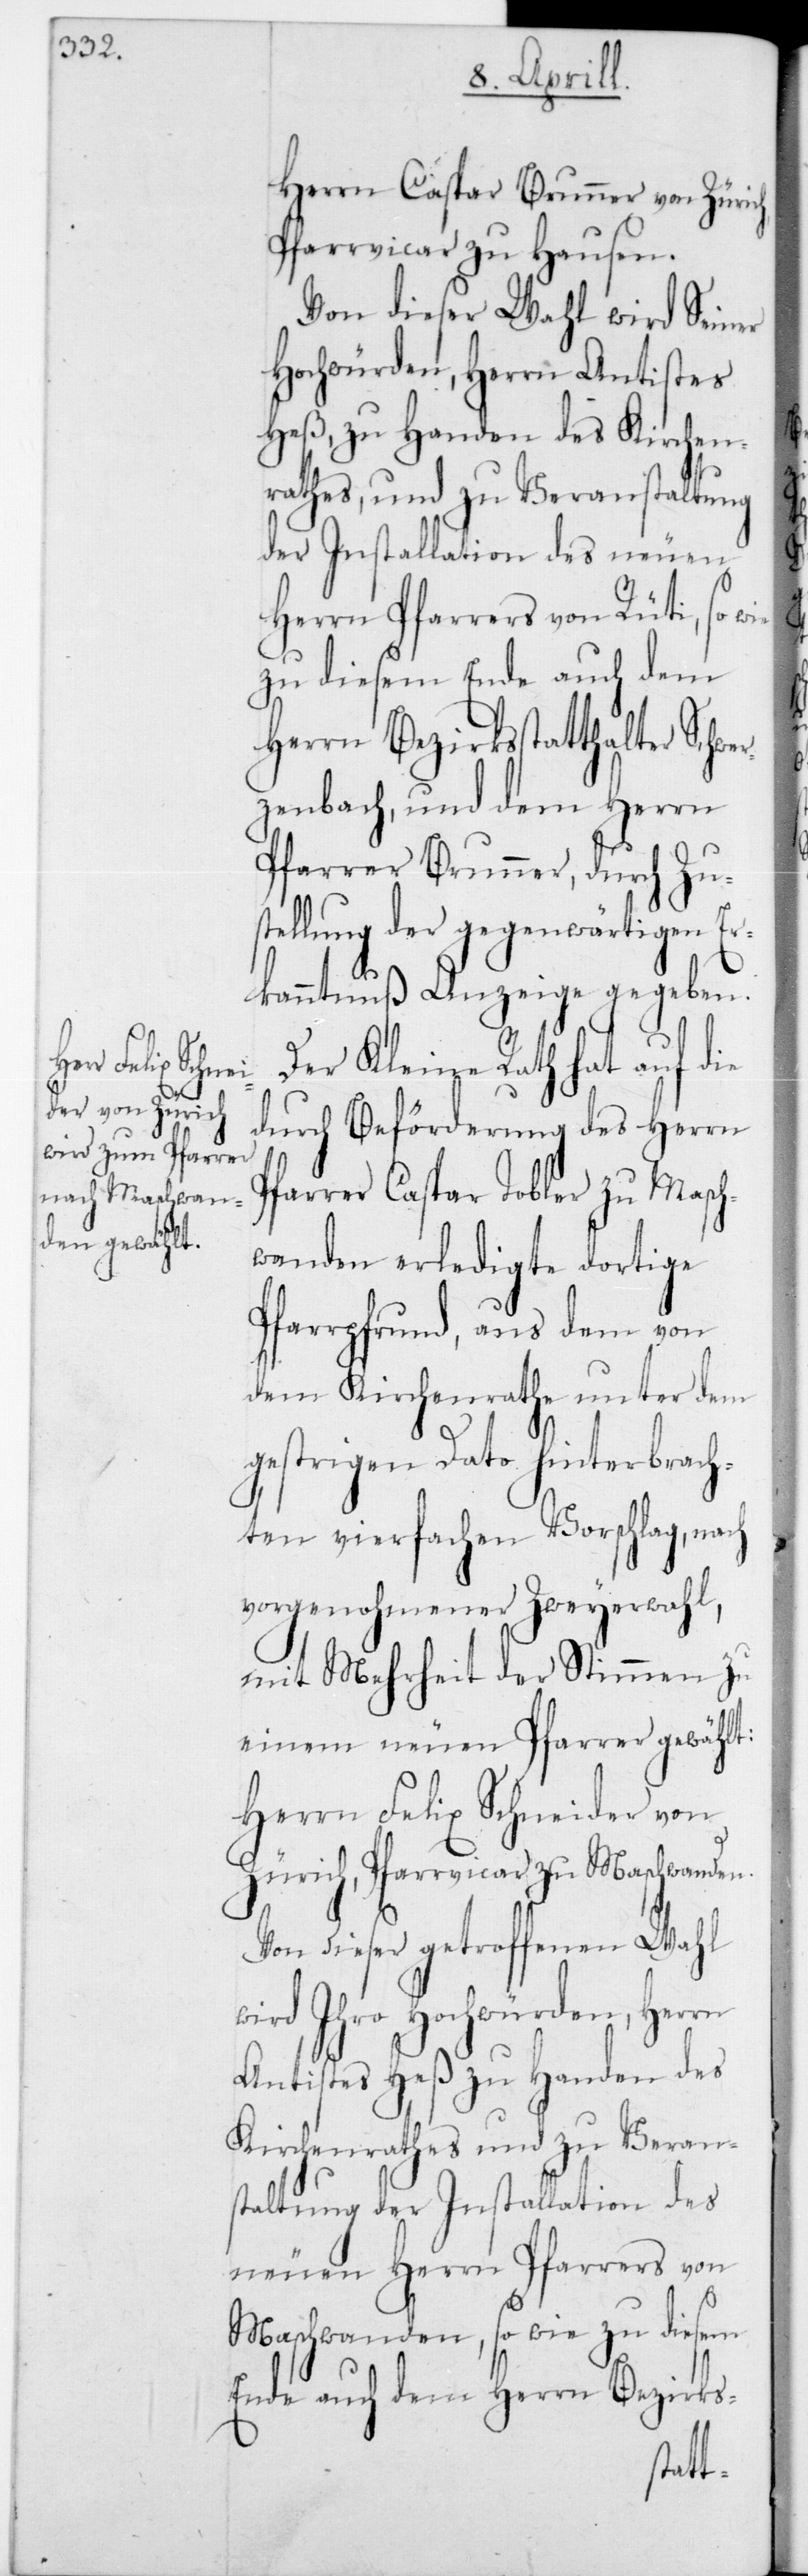
er¬

Herrn Caspar Brunner von Züric¬
Pfarrvicar zu Hausen.
Von dieser Wahl wird Seiner
Hochwürden, Herrn Antistes
Heß, zu Handen des Kirchen¬
rathes, und zu Veranstaltung
der Installation des neuen
Herrn Pfarrers von Rüti, so wie
zu diesem Ende auch dem
Herrn Bezirksstatthalter Schw¬
zenbach, und dem Herrn
Pfarrer Brunner, durch Zu¬
stellung der gegenwärtigen Er¬
kanntnuß Anzeige gegeben.
Der Kleine Rath hat auf die
durch Beförderung des Herrn
Pfarrer Caspar Tobler zu Masch¬
wanden erledigte dortige
Pfarrpfrund, aus dem von
dem Kirchenrathe unter dem
gestrigen Dato hinterbrach¬
ten vierfachen Vorschlag, nach
vorgenohmener Zweyerwahl,
mit Mehrheit der Stimmen zu
einem neuen Pfarrer gewählt:
Herrn Felix Schneider von
Zürich, Pfarrvicar zu Maschwanden.
Von dieser getroffenen Wahl
wird Ihro Hochwürden, Herrn
Antistes Heß zu Handen des
Kirchenrathes und zu Veran¬
staltung der Installation des
neuen Herrn Pfarrers von
Maschwanden, so wie zu diesem
Ende auch dem Herrn Bezirks-